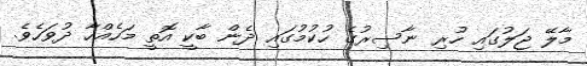
މާލޭ ޖަލުގައި ހުރި ނާސިރުގެ ހުކުމުގައި ދެން ބާކީ އޮތީ މަހެއްހާ ދުވަހެވެ.